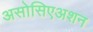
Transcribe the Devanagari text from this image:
असोसिएअशन